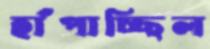
হাঁপাচ্ছিল